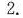
2.